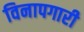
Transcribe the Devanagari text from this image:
विनापगारी